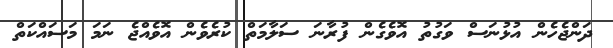
ދަންޖެހެން އުޅުނަސް ވަގުތު އޮވެގެން ފުރާނަ ސަލާމަތް ކުރެވެން އޮވެއްޖެ ނަމަ މަސައްކަތް